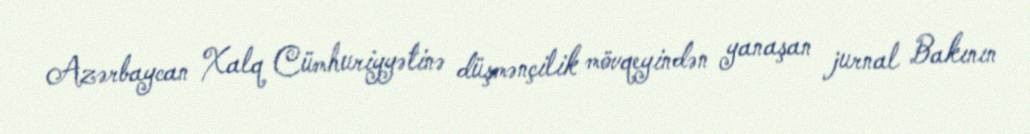
Azərbaycan Xalq Cümhuriyyətinə düşmənçilik mövqeyindən yanaşan jurnal Bakının